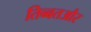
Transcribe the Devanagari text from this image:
तिब्बतऔर